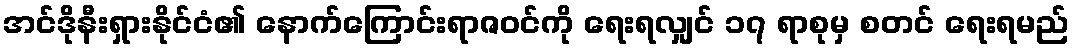
အင်ဒိုနီးရှားနိုင်ငံ၏ နောက်ကြောင်းရာဇဝင်ကို ရေးရလျှင် ၁၇ ရာစုမှ စတင် ရေးရမည်